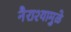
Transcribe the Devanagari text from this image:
नैराश्यामुळे